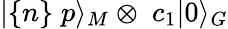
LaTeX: |\{ n\} \; p\rangle_{M}\otimes\; c_{1}|0\rangle_{G}